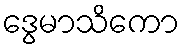
ဒွေမာသိကော